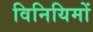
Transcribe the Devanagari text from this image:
विनियिमों